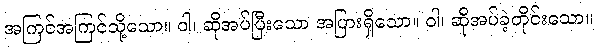
အကြင်အကြင်သို့သော။ ဝါ၊ ဆိုအပ်ပြီးသော အပြားရှိသော။ ဝါ၊ ဆိုအပ်ခဲ့တိုင်းသော။